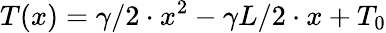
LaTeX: T(x)=\gamma/2\cdot x^{2}-\gamma L/2\cdot x+T_{0}